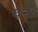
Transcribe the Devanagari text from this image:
धन॰